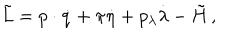
\tilde { L } = p \cdot \dot { q } + \pi \dot { \eta } + p _ { \lambda } \dot { \lambda } - \tilde { H } \, ,